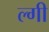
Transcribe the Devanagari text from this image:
ल्गी